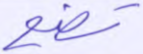
تضع